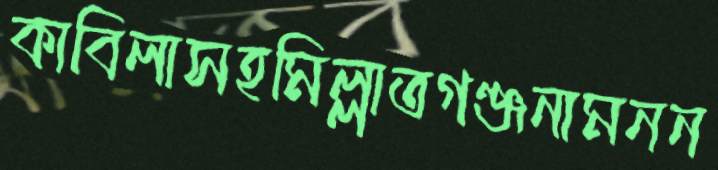
কাবিলাসহমিল্লাতগঞ্জনামনন